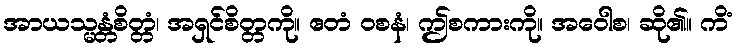
အာယသ္မန္တံစိတ္တံ၊ အရှင်စိတ္တကို။ ဧတံ ဝစနံ၊ ဤစကားကို။ အဝေါစ၊ ဆို၏။ ကိံ